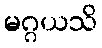
မဂ္ဂယသိ